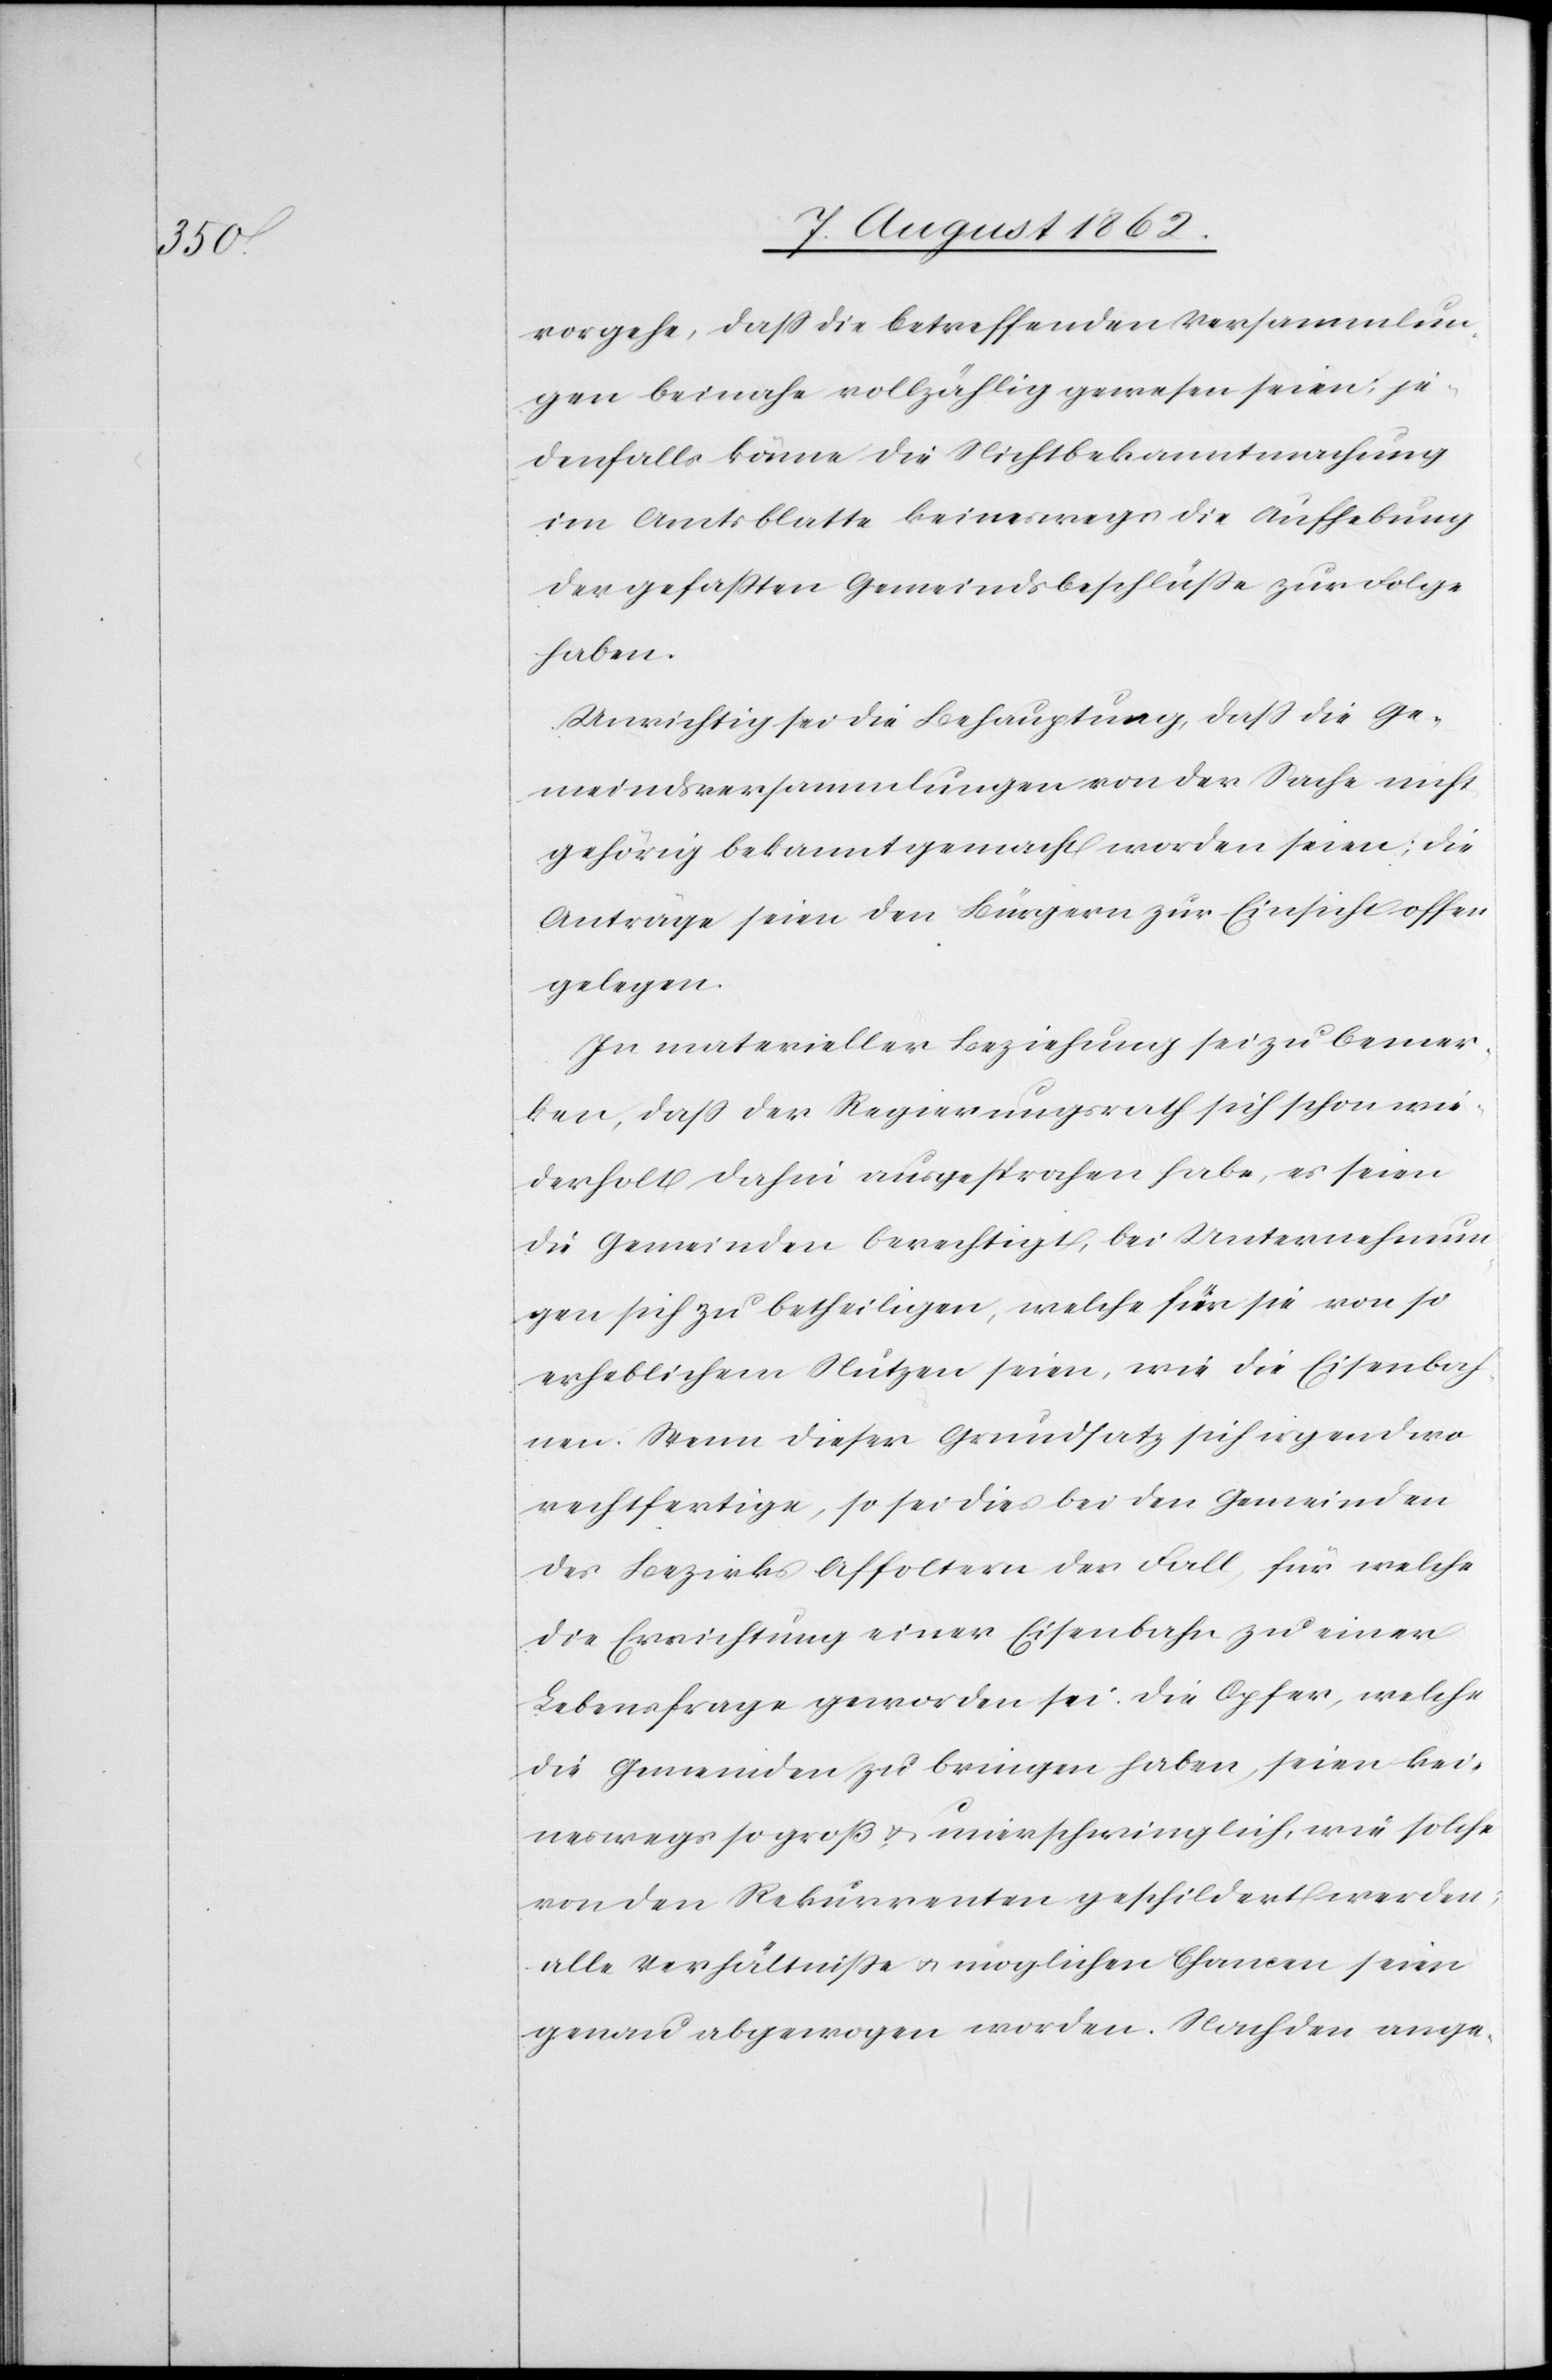
vorgehe, daß die betreffenden Versammlun¬
gen beinahe vollzählig gewesen seien; je¬
denfalls könne die Nichtbekanntmachung
im Amtsblatte keineswegs die Aushebung
der gefaßten Gemeindsbeschlüße zur Folge
haben.
Unrichtig sei die Behauptung, daß die Ge¬
meindsversammlungen von der Sache nicht
gehörig bekannt gemacht worden seien; die
Anträge seien den Bürgern zur Einsicht offen
gelegen.
In materieller Beziehung sei zu bemer¬
ken, daß der Regierungsrath sich schon wie¬
derholt dahin ausgesprochen habe, es seien
die Gemeinden berechtigt, bei Unternehmun¬
gen sich zu betheiligen, welche für sie von so
erheblichem Nutzen seien, wie die Eisenbah¬
nen. Wenn dieser Grundsatz sich irgendwo
rechtfertige, so sei dies bei den Gemeinden
des Bezirks Affoltern der Fall, für welche
die Errichtung einer Eisenbahn zu einer
Lebensfrage geworden sei. Die Opfer, welche
die Gemeinden zu bringen haben, seien kei¬
neswegs so groß u. unerschwinglich, wie solche
von den Rekurrenten geschildert werden;
alle Verhältnisse u. möglichen Chancen seien
genau abgewogen worden. Nach den ange-